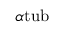
\alpha \mathrm { { t u b } }